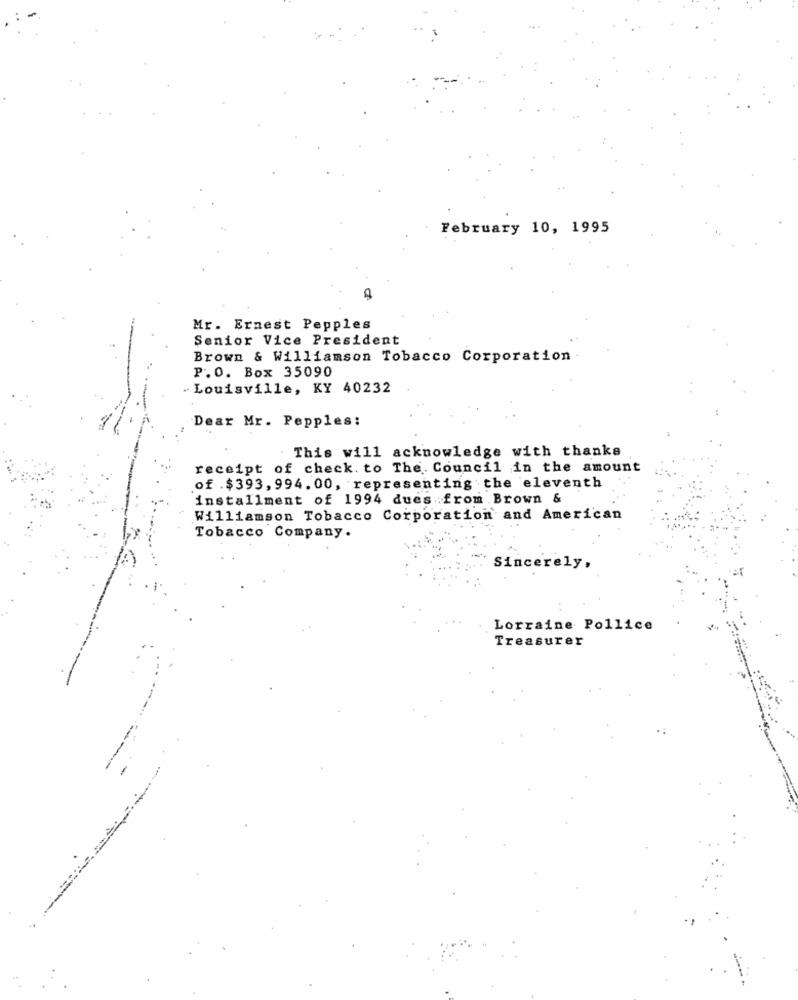
February 10, 1995
Mr. Ernest Pepples
Senior Vice President
Brown & Williamson Tobacco Corporation
P.O. Box 35090
- Louisville, KY 40232
Dear Mr. Pepples:
This will acknowledge with thanks
receipt of check. to The Council in the amount
of .$393, 994.00, representing the eleventh
installment of 1994 dues from Brown &
Williamson Tobacco Corporation and American
Tobacco Company.
Sincerely,
Lorraine Pollice
Treasurer